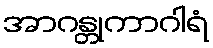
အာဂန္တုကာဂါရံ